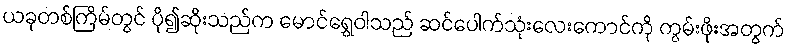
ယခုတစ်ကြိမ်တွင် ပို၍ဆိုးသည်က မောင်ရွှေဝါသည် ဆင်ပေါက်သုံးလေးကောင်ကို ကွမ်းဖိုးအတွက်